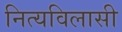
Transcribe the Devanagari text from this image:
नित्यविलासी